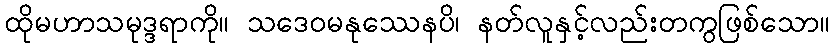
ထိုမဟာသမုဒ္ဒရာကို။ သဒေဝမနုဿေနပိ၊ နတ်လူနှင့်လည်းတကွဖြစ်သော။